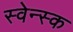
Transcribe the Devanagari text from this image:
स्वेन्स्क